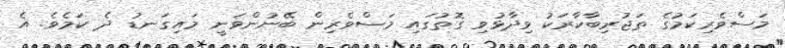
މަސްވެރިކަމުގެ ތަޖުރިބާކާރަކު ވިދާޅުވި ގޮތުގައި މަސްވެރިން ބޭނުންވަނީ މައިގަނޑު ދެ ކަމެވެ. އެ